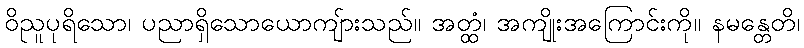
ဝိညူပုရိသော၊ ပညာရှိသောယောကျ်ားသည်။ အတ္ထံ၊ အကျိုးအကြောင်းကို။ နမန္တေတိ၊